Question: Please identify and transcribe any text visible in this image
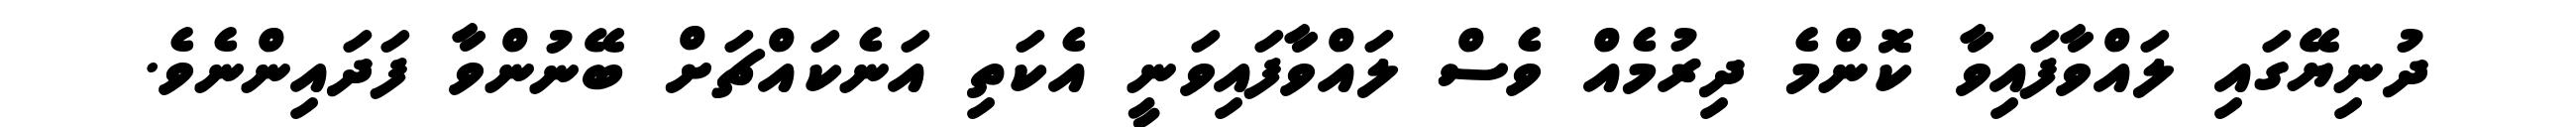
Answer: ދުނިޔޭގައި ލައްވާފައިވާ ކޮންމެ ދިރުމެއް ވެސް ލައްވާފައިވަނީ އެކަތި އަނެކައްޗަށް ބޭނުންވާ ފަދައިންނެވެ.